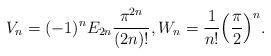
LaTeX: \begin{align*}V_n=(-1)^n E_{2n}\frac{\pi^{2n}}{(2n)!},W_n=\frac{1}{n!}\Bigl(\frac{\pi}{2}\Bigr)^n.\end{align*}